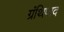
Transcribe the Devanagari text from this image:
ग्रंथिपाद